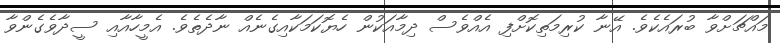
މައްޗަށްވާ ބުރައެކެވެ. އޭނާ ކުރިމަތިކޮށްފި އެއްވެސް ދިމާއަކުން ހެޔޮކަމަކާއިގެނެއް ނާދެތެވެ. އެމީހާއާއި ސީދާވެގެންވާ